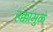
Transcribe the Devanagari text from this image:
हक्कांमुळे